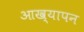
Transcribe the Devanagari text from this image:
आख्यापन